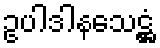
ဥပါဒါနသေဋ္ဌံ